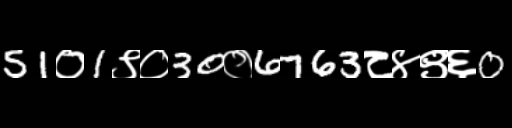
Text: 51०1९०30०6763८४९६0